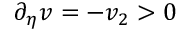
\partial _ { \eta } v = - v _ { 2 } > 0